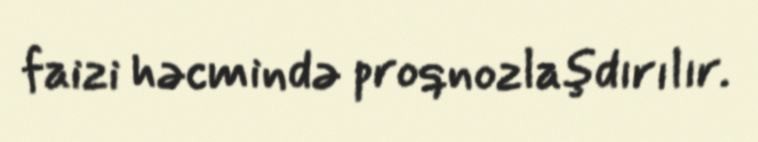
faizi həcmində proqnozlaşdırılır.